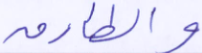
والطارق